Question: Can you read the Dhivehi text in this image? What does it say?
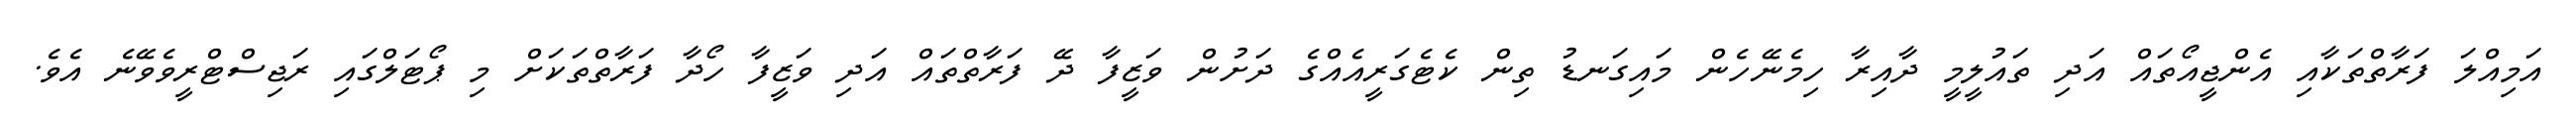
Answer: އަމިއްލަ ފަރާތްތަކާއި އެންޖީއޯތައް އަދި ތައުލީމީ ދާއިރާ ހިމެނޭހެން މައިގަނޑު ތިން ކެޓެގަރީއެއްގެ ދަށުން ވަޒީފާ ދޭ ފަރާތްތައް އަދި ވަޒީފާ ހޯދާ ފަރާތްތަކަށް މި ޕޯޓަލްގައި ރަޖިސްޓްރީވެވޭނެ އެވެ.